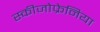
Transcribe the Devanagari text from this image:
स्कीजोफ्रेनिया